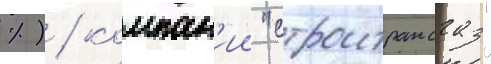
%) / компан'ии "строитрансгаз"